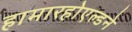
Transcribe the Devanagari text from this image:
हामारहोएल्डने